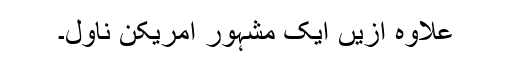
علاوہ ازیں ایک مشہور امریکن ناول۔